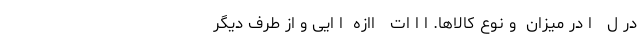
در ل   ا در میزان  و نوع کالاها. ا ا ات   اازه  ا ایی و از طرف دیگر